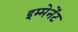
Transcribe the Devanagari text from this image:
इम्मेनेंट